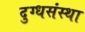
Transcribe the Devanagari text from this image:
दुग्धसंस्था